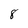
Character: 8